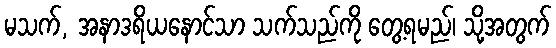
မသက်, အနာဒရိယနောင်သာ သက်သည်ကို တွေ့ရမည်၊ သို့အတွက်